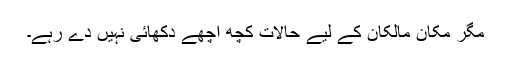
مگر مکان مالکان کے لیے حالات کچھ اچھے دکھائی نہیں دے رہے۔